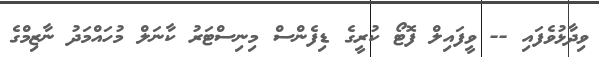
ވިދާޅުވެފައި -- ވީފައިލް ފޮޓޯ ކުރީގެ ޑިފެންސް މިނިސްޓަރު ކާނަލް މުހައްމަދު ނާޒިމްގެ